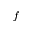
f